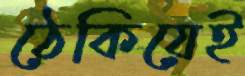
ঠেকিয়েই